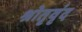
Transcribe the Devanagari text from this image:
श्रोतृवृंद